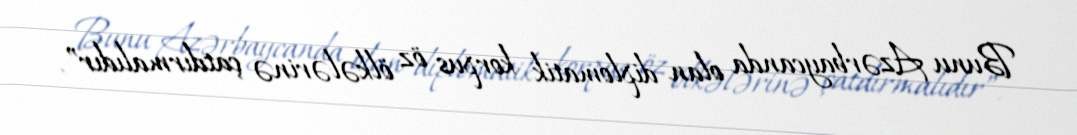
Bunu Azərbaycanda olan diplomatik korpus öz ölkələrinə çatdırmalıdır”.